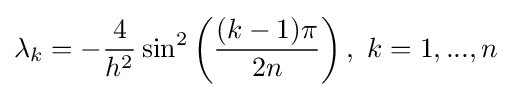
\lambda _{k}=-{\frac {4}{h^{2}}}\sin ^{2}\left({\frac {(k-1)\pi }{2n}}\right),\ k=1,...,n